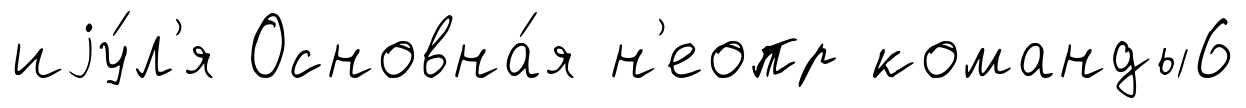
иjу́л'я Основна́я н'еопр команды6